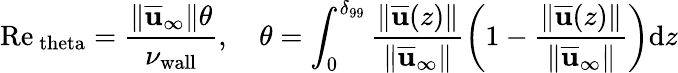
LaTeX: \mathrm{Re}_{\mathrm{\ theta}}=\frac{\Vert\overline{{\mathbf{u}}}_{\infty}\Vert\theta}{\nu_{\mathrm{wall}}},\quad\theta=\int_{0}^{\delta_{99}}\frac{\Vert\overline{{\mathbf{u}}}(z)\Vert}{\Vert\overline{{\mathbf{u}}}_{\infty}\Vert}\left(1-\frac{\Vert\overline{{\mathbf{u}}}(z)\Vert}{\Vert\overline{{\mathbf{u}}}_{\infty}\Vert}\right)\mathrm dz